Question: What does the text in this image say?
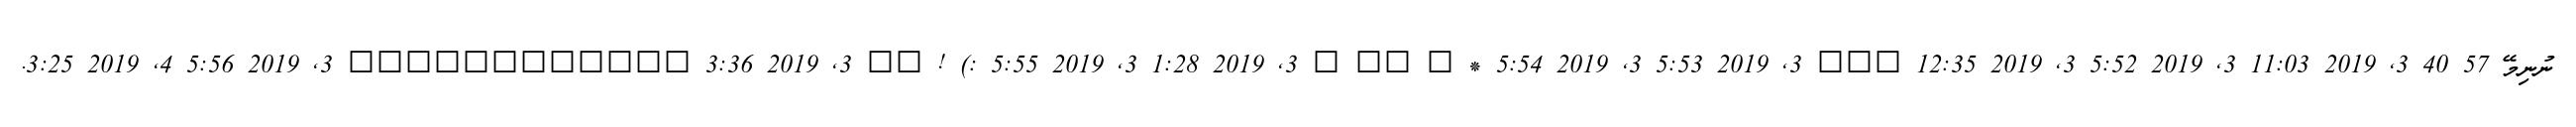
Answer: ނުނިމޭ 57 40 3, 2019 11:03 3, 2019 5:52 3, 2019 12:35 ??? 3, 2019 5:53 3, 2019 5:54 * ? ?? ? 3, 2019 1:28 3, 2019 5:55 :) ! ?? 3, 2019 3:36 ???????????? 3, 2019 5:56 4, 2019 3:25.